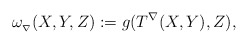
\begin{align*}\omega_{_\nabla}(X,Y,Z):=g(T^{\nabla}(X,Y),Z),\end{align*}